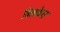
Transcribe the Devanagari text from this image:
विलकेस